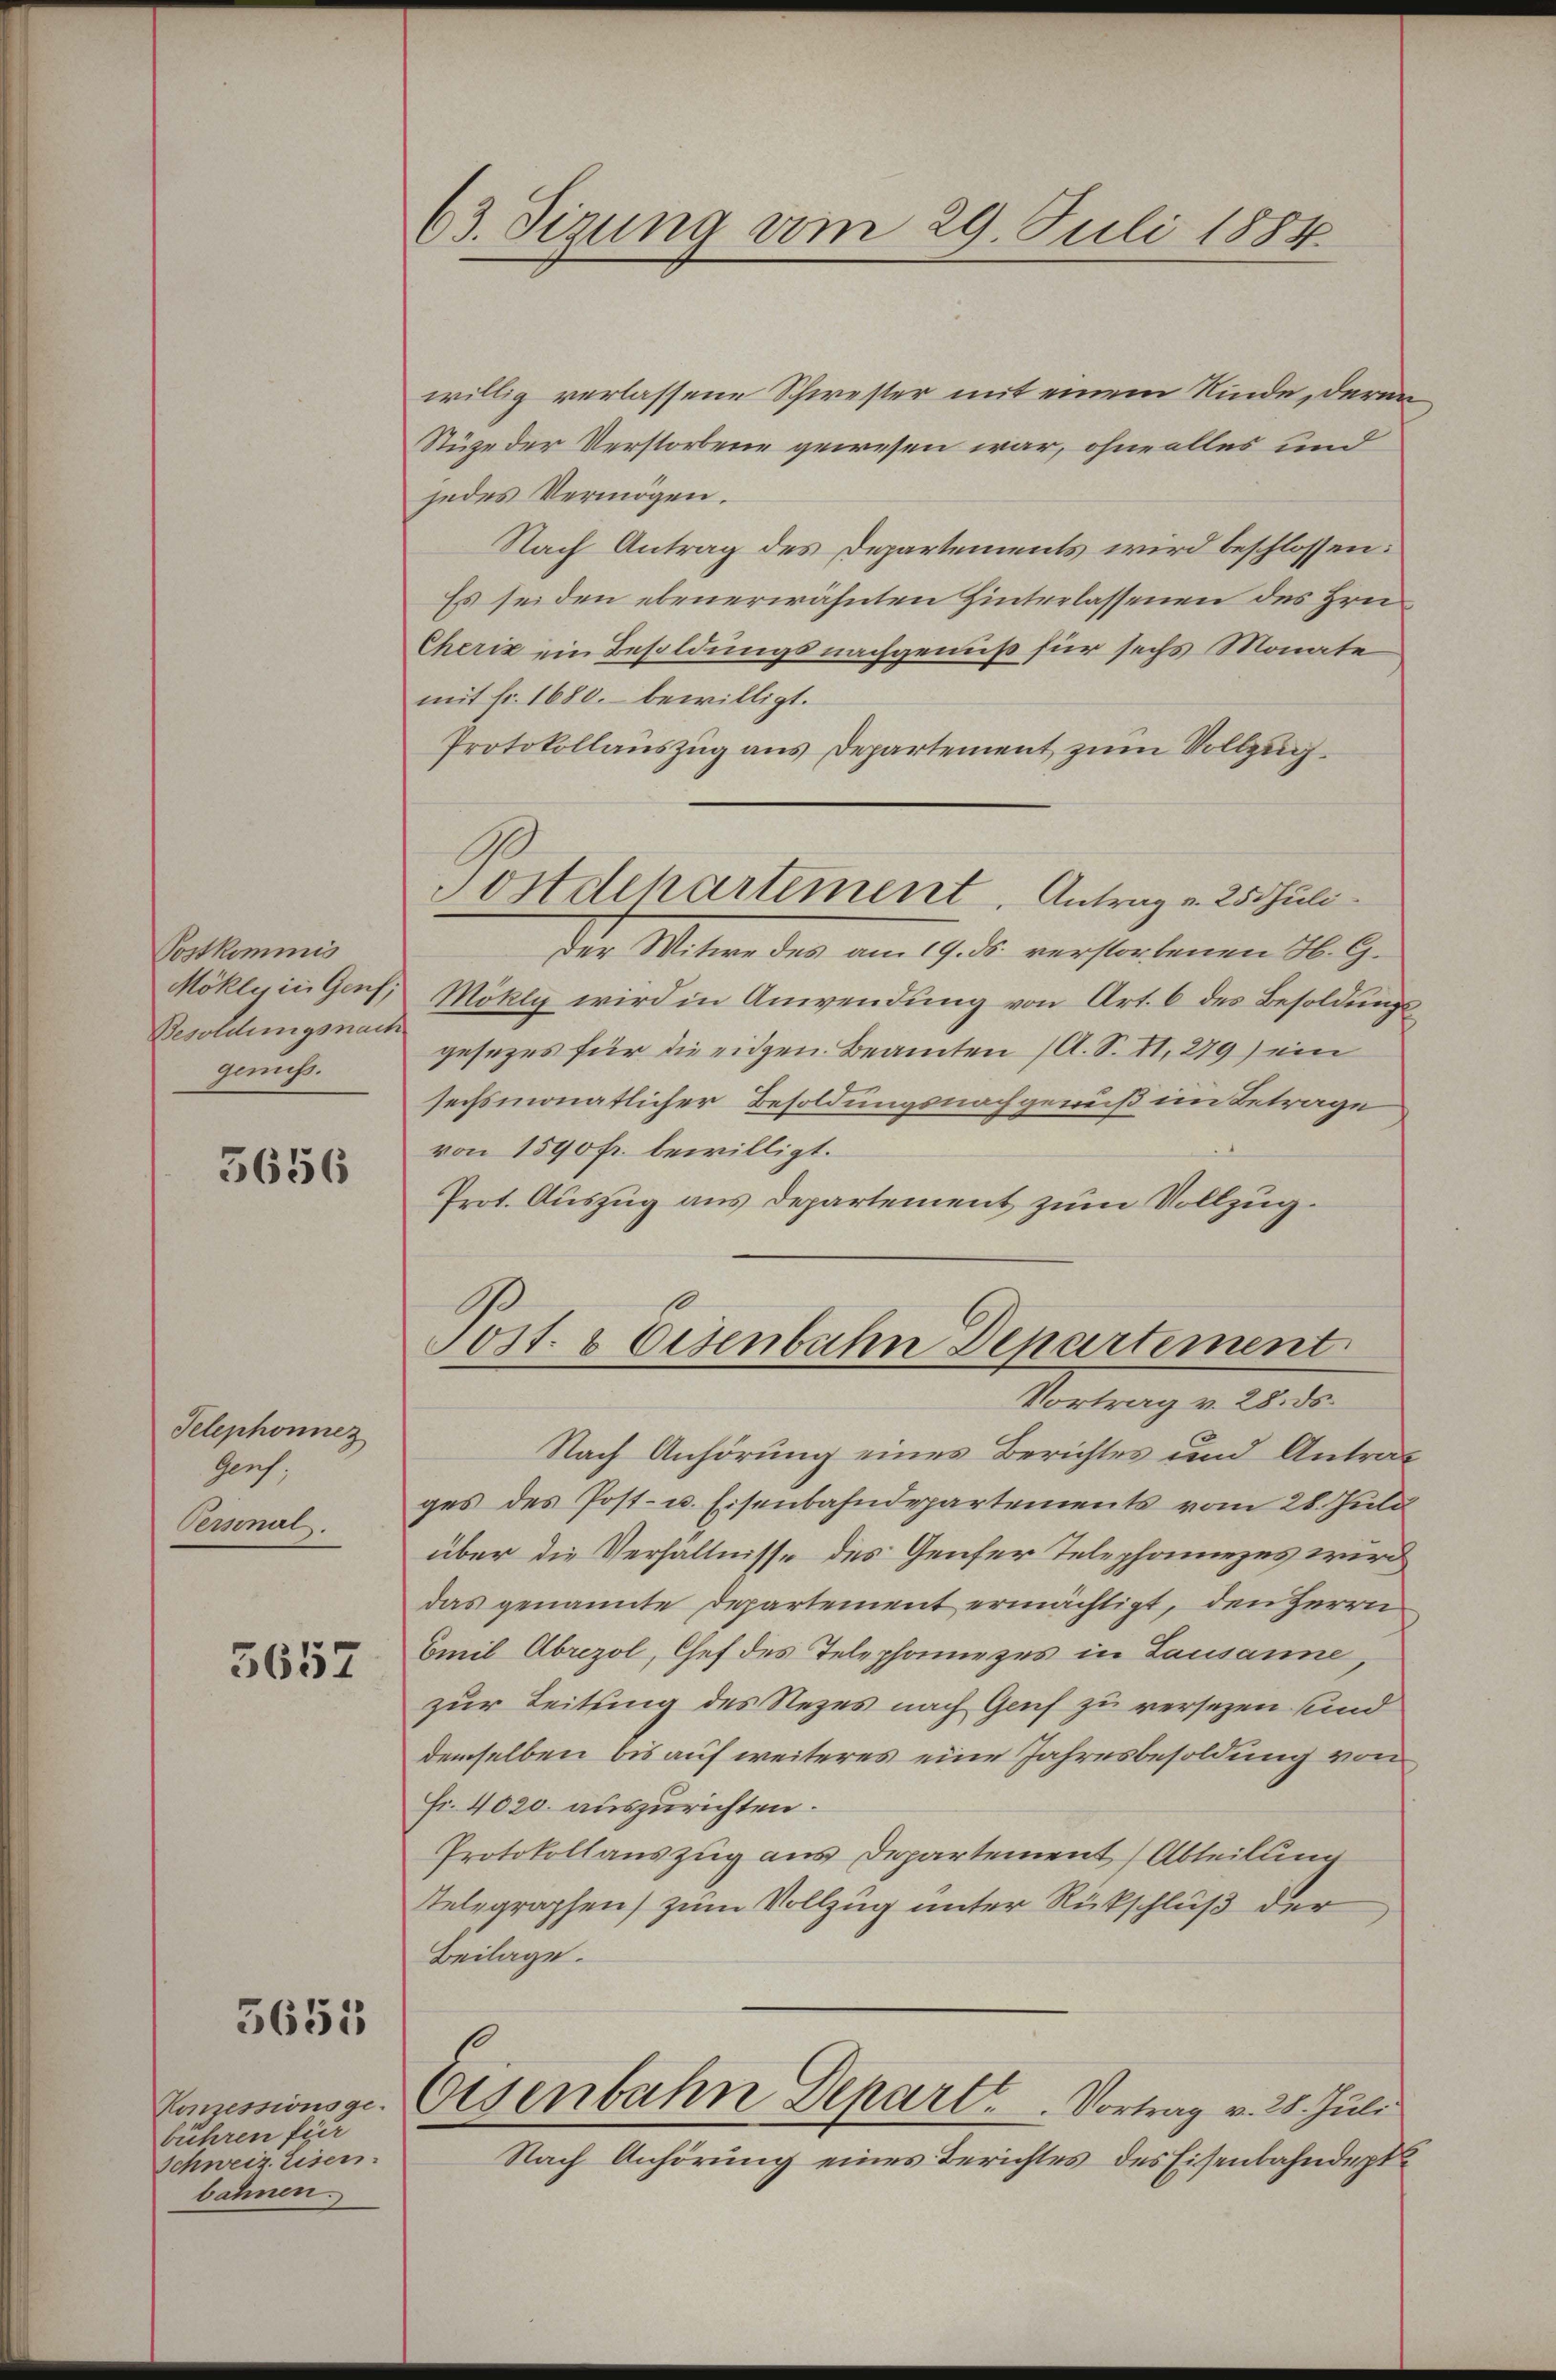
Postkommis
Möklein Genf;
Besoldungsnach
genuß.

5656

Telephonnez
Genf,
Personal.

3657

5651

Konzessionsge
bühren für
schweiz Eisen.
bahnen.

63. Sizung am 29. Juli 1884

willig verlassene Schwester mit einem Kinde, der
Stüge der Verstorbene gewesen war, ohne alles und
jedes Vermögen.
Nach Antrag des Departements wird beschlossen:
Es seiden ebenerwähnten Hinterlassenen des Hrn.
Cheriz ein Besoldungsnachgenuß für sechs Monate
mit Fr. 1680. bewilligt.
Protokollauszug aus Departement zum Vollzuch
Der Witwe des am 19. ds. verstorbenen H. G.
Mökly wird in Anwendung von Art. 6 des Besoldungsgesezes für die eidgen. Beamten (A. S. II. 279) ein
sechsmonatlicher Besoldungsnachgenuß im Betrage
von 1590 fr. bewilligt.
Prot. Auszug aus Departement zum Vollzug.
.
Sost. 8 Eisenbahn Departement
Vortrag v. 28. d.
Nach Anhörung eines Berichtes und Antrages des Post- u. Eisenbahndepartements vom 28. Juli
über die Verhältnisse des Genfer Telephoniezes wird
das genannte Departement ermächtigt, den Herrn
Emil Abrezol, Chef des Telephoniezes in Lausanne
zur Leitung des Rezes nach Genf zu versezen sind
demselben bis auf weiteres eine Jahresbesoldung von
Fr. 4020. auszurichten.
Protokollauszug aus Departement (Abteilung
Telegraphen) zum Vollzug unter Rückschluß der
Beilage.
Eisenbahn Depart. Vortrag v. 28. Juli
Nach Anhörung eines Berichtes des Eisenbahndept

Postdepartement. Antrag v. 25 Juli